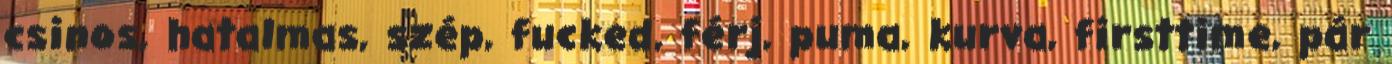
csinos, hatalmas, szép, fucked, férj, puma, kurva, firsttime, pár